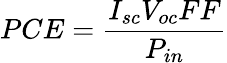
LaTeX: \displaystyle PCE=\frac{I_{sc}V_{oc}FF}{P_{in}}